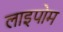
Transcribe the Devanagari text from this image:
लाइपोम